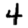
Digit: 4